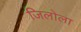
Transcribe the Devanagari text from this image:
जिलोला